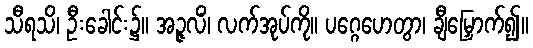
သီရသိ၊ ဦးခေါင်း၌။ အဉ္ဇလိံ၊ လက်အုပ်ကို။ ပဂ္ဂေဟေတွာ၊ ချီမြှောက်၍။